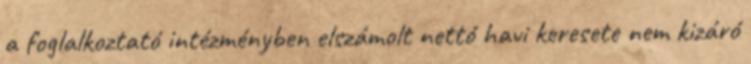
a foglalkoztató intézményben elszámolt nettó havi keresete nem kizáró